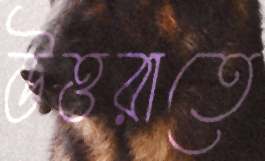
উত্তরাতে